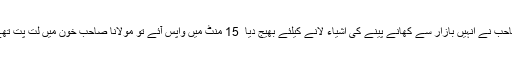
ذرائع کے مطابق ملازمین نے بتایا کہ مولانا صاحب نے انہیں بازار سے کھانے پینے کی اشیاء لانے کیلئے بھیج دیا ٗ 15 منٹ میں واپس آئے تو مولانا صاحب خون میں لت پت تھے اور دونوں افراد موقع پربھی موجود نہیں تھے۔